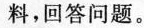
料，回答问题。